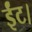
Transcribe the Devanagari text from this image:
ईंट।